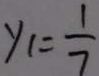
y _ { 1 } = \frac { 1 } { 7 }